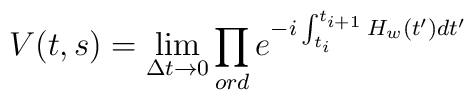
V(t,s)=\lim_{\Delta t\rightarrow0}\prod_{ord}e^{-i\int_{t_{i}}^{t_{i+1}}H_{w}(t^{\prime })dt^{\prime }}